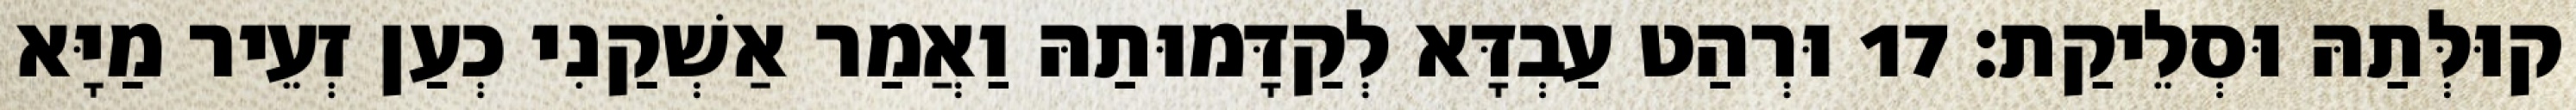
קוּלְּתַהּ וּסְלֵיקַת׃ 17 וּרְהַט עַבְדָּא לְקַדָּמוּתַהּ וַאֲמַר אַשְׁקַנִי כְעַן זְעֵיר מַיָּא